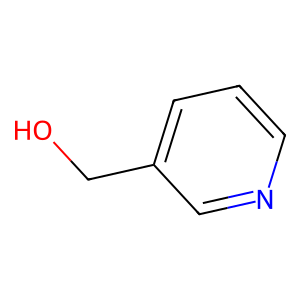
SMILES: OCc1cccnc1
Inhibits HIV replication: No